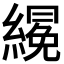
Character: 𱺂